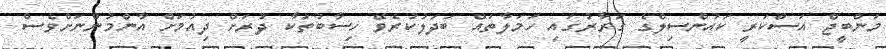
މަންބީޖް އަސްކަރީ ކައުންސިލްގެ ގަރާރުގައި ހަމަލާތައް ބަދަލުކުރެވޭ ހިސާބުތަކާ ދުރަށް ދިއުމަށް އާންމުންނަށްވެސް